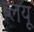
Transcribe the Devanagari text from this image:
ब्लयू